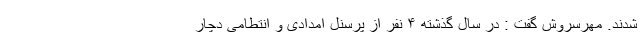
شدند. مهرسروش گفت : در سال گذشته ۴ نفر از پرسنل امدادی و انتطامی دچار